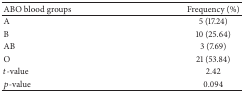
<table><thead><tr><td><b>ABO blood groups</b></td><td><b>Frequency (%)</b></td></tr></thead><tbody><tr><td>A</td><td>5 (17.24)</td></tr><tr><td>B</td><td>10 (25.64)</td></tr><tr><td>AB</td><td>3 (7.69)</td></tr><tr><td>O</td><td>21 (53.84)</td></tr><tr><td><i>t</i>-value</td><td>2.42</td></tr><tr><td><i>p</i>-value</td><td>0.094</td></tr></tbody></table>